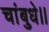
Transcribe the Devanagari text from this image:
चांबुधे।।